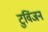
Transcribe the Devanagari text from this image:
टुविंजन